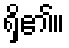
ရှိ၏။